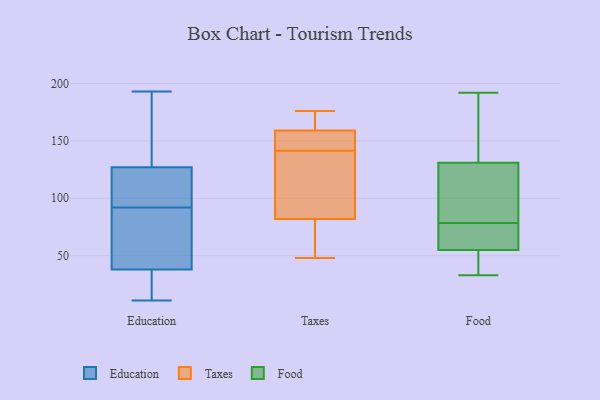
{"axis": {"x": "Budget (USD K)", "y": "Value"}, "legend": ["Education", "Food", "Taxes"], "data": [{"x": "", "y": 90, "type": "Education"}, {"x": "", "y": 188, "type": "Education"}, {"x": "", "y": 38, "type": "Education"}, {"x": "", "y": 29, "type": "Education"}, {"x": "", "y": 102, "type": "Education"}, {"x": "", "y": 174, "type": "Education"}, {"x": "", "y": 11, "type": "Education"}, {"x": "", "y": 193, "type": "Education"}, {"x": "", "y": 64, "type": "Education"}, {"x": "", "y": 94, "type": "Education"}, {"x": "", "y": 117, "type": "Education"}, {"x": "", "y": 16, "type": "Education"}, {"x": "", "y": 22, "type": "Education"}, {"x": "", "y": 127, "type": "Education"}, {"x": "", "y": 60, "type": "Education"}, {"x": "", "y": 157, "type": "Education"}, {"x": "", "y": 78, "type": "Education"}, {"x": "", "y": 98, "type": "Education"}, {"x": "", "y": 48, "type": "Taxes"}, {"x": "", "y": 71, "type": "Taxes"}, {"x": "", "y": 82, "type": "Taxes"}, {"x": "", "y": 171, "type": "Taxes"}, {"x": "", "y": 148, "type": "Taxes"}, {"x": "", "y": 159, "type": "Taxes"}, {"x": "", "y": 119, "type": "Taxes"}, {"x": "", "y": 155, "type": "Taxes"}, {"x": "", "y": 81, "type": "Taxes"}, {"x": "", "y": 176, "type": "Taxes"}, {"x": "", "y": 153, "type": "Taxes"}, {"x": "", "y": 135, "type": "Taxes"}, {"x": "", "y": 110, "type": "Taxes"}, {"x": "", "y": 173, "type": "Taxes"}, {"x": "", "y": 85, "type": "Food"}, {"x": "", "y": 192, "type": "Food"}, {"x": "", "y": 131, "type": "Food"}, {"x": "", "y": 80, "type": "Food"}, {"x": "", "y": 55, "type": "Food"}, {"x": "", "y": 182, "type": "Food"}, {"x": "", "y": 65, "type": "Food"}, {"x": "", "y": 44, "type": "Food"}, {"x": "", "y": 99, "type": "Food"}, {"x": "", "y": 179, "type": "Food"}, {"x": "", "y": 33, "type": "Food"}, {"x": "", "y": 33, "type": "Food"}, {"x": "", "y": 77, "type": "Food"}, {"x": "", "y": 66, "type": "Food"}]}